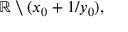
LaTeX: \mathbb { R } \setminus ( x _ { 0 } + 1 / y _ { 0 } ) ,